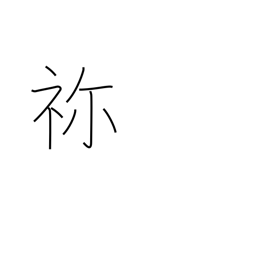
Meaning: ancestral shrine